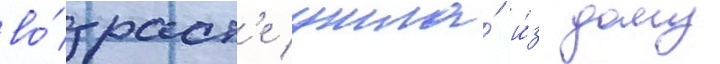
во́зраст'е ушла́ и́з дому